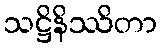
သဋ္ဌိနိဿိတာ